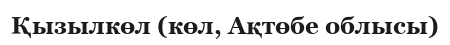
Қызылкөл (көл, Ақтөбе облысы)